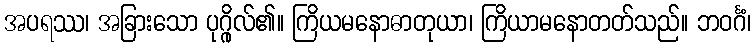
အပရဿ၊ အခြားသော ပုဂ္ဂိုလ်၏။ ကြိယမနောဓာတုယာ၊ ကြိယာမနောတတ်သည်။ ဘဝင်္ဂံ၊